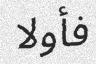
فأولا